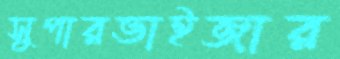
সুপারভাইজার